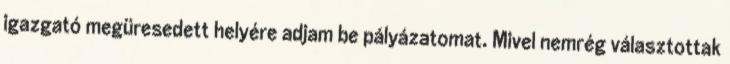
igazgató megüresedett helyére adjam be pályázatomat. Mivel nemrég választottak